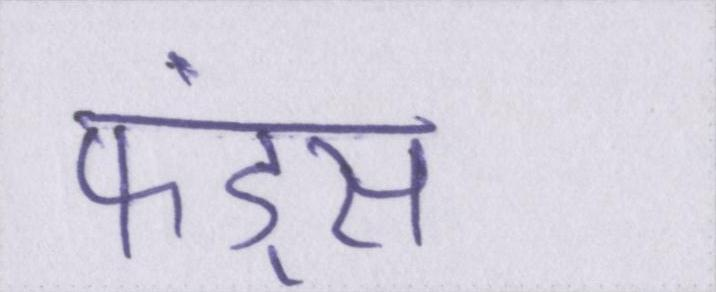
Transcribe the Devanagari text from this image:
फंड्स